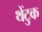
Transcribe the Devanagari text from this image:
थेंटुक